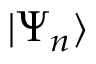
| \Psi _ { n } \rangle